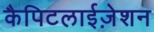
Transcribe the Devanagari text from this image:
कैपिटलाईज़ेशन